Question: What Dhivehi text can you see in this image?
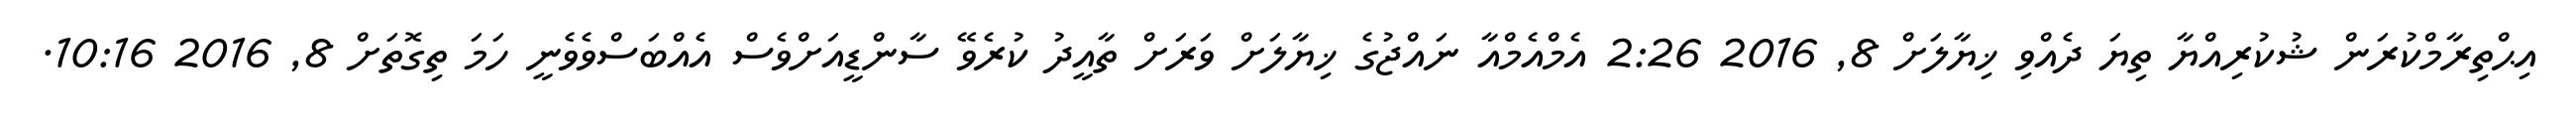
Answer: އިޙްތިރާމްކުރަން ޝުކުރިއްޔާ ތިޔަ ދެއްވި ޚިޔާލަށް 8, 2016 2:26 އެމްއެމްއާ ނައްޖުގެ ޚިޔާލަށް ވަރަށް ތާއީދު ކުރެވޭ ސާންޑީއަށްވެސް އެއްބަސްވެވެނީ ހަމަ ތިގޮތަށް 8, 2016 10:16.